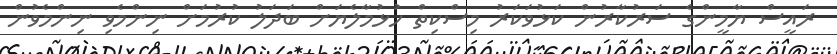
ރައީސް ޔާމީންގެ ސަރުކާރުން ކަޅުވަކަރު މިސްކިތް ހުޅުމާލެޔަށް ބަދަލު ކުރުމަށް ނިންމެވި ނިންމެވުން